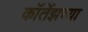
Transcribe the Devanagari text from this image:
कॉर्तेझच्या